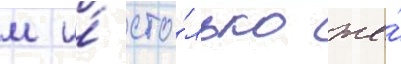
м и́ сто́лько же́